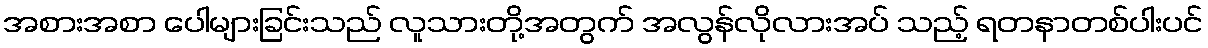
အစားအစာ ပေါများခြင်းသည် လူသားတို့အတွက် အလွန်လိုလားအပ် သည့် ရတနာတစ်ပါးပင်